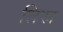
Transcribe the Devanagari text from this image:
तिस्र